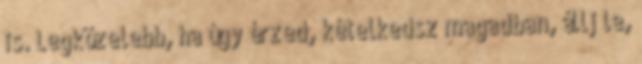
is. Legközelebb, ha úgy érzed, kételkedsz magadban, állj le,